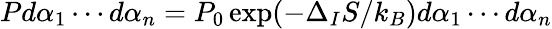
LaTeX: Pd\alpha_{1}\cdots d\alpha_{n}=P_{0}\exp(-\Delta_{I}S/k_{B})d\alpha_{1}\cdots d\alpha_{n}